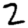
Digit: 2